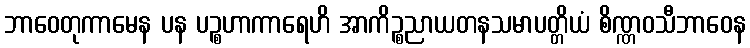
ဘာဝေတုကာမေန ပန ပဉ္စဟာကာရေဟိ အာကိဉ္စညာယတနသမာပတ္တိယံ စိဏ္ဏဝသီဘာဝေန